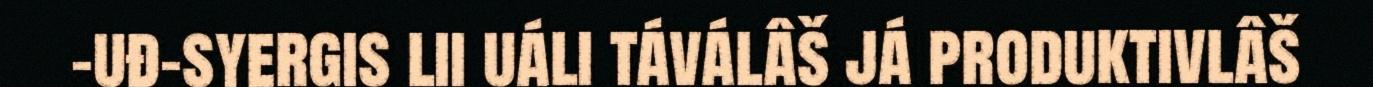
-uđ-syergis lii uáli táválâš já produktivlâš